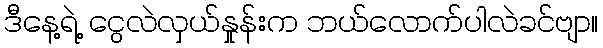
ဒီနေ့ရဲ့ ငွေလဲလှယ်နှုန်းက ဘယ်လောက်ပါလဲခင်ဗျာ။